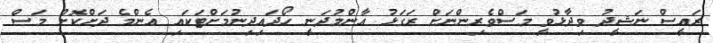
ރައީސް ނަޝީދު ވިދާޅުވީ މަސްވެރިންނަށް ރަގަޅު އާންމުދަނީ ހޯދައިދިނުމަށްޓަކައި އެންމެ ދަށްކޮށް މަސް